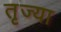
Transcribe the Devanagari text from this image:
तृज्या